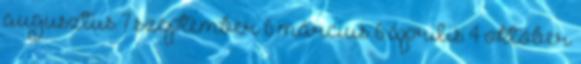
augusztus 7 szeptember 6 március 6 április 4 október